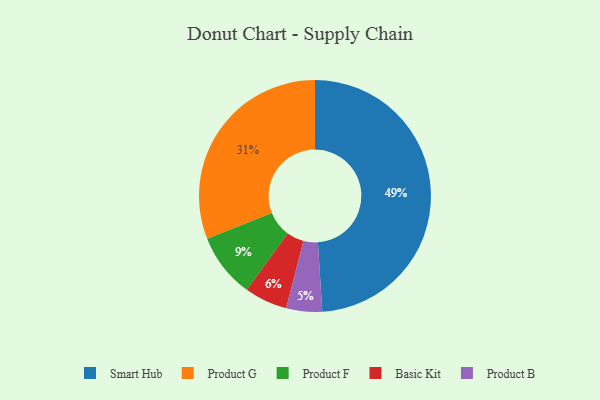
{"axis": {"x": "Category", "y": "Percentage"}, "legend": ["Basic Kit", "Product B", "Product F", "Product G", "Smart Hub"], "data": [{"x": "Product G", "y": 31, "type": "Product G"}, {"x": "Product F", "y": 9, "type": "Product F"}, {"x": "Product B", "y": 5, "type": "Product B"}, {"x": "Smart Hub", "y": 49, "type": "Smart Hub"}, {"x": "Basic Kit", "y": 6, "type": "Basic Kit"}]}